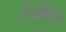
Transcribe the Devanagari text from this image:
हेन्रीच